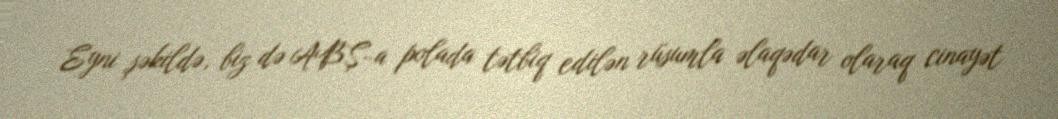
Eyni şəkildə, biz də ABŞ-a polada tətbiq edilən rüsumla əlaqədar olaraq cinayət